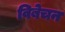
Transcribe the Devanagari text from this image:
विबेचन